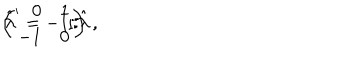
LaTeX: \left( \begin{array} { r r } { { 0 } } & { { 1 } } \\ { { - 1 } } & { { 0 } } \\ \end{array} \right) \, , \hspace { 1 c m } \hat { \lambda } ^ { \prime } = - 1 / \hat { \lambda } \, .